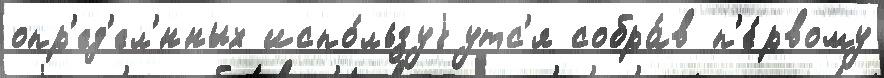
опр'ед'ел'́нных испо́льзуjутс'я собра́в п'е́рвому